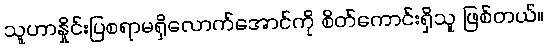
သူဟာနှိုင်းပြစရာမရှိလောက်အောင်ကို စိတ်ကောင်းရှိသူ ဖြစ်တယ်။